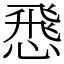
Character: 𢝵